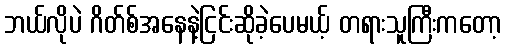
ဘယ်လိုပဲ ဂိတ်စ်အနေနဲ့ငြင်းဆိုခဲ့ပေမယ့် တရားသူကြီးကတော့